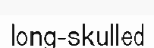
long-skulled